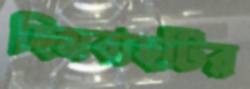
হিমবাহটির